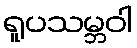
ရူပသမ္ဘဝါ